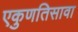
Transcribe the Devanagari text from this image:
एकुणतिसावा